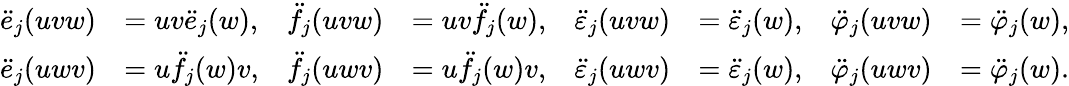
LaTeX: \begin{array}{rlrlrlrl}{\ddot{e}_{j}(uvw)}&{=uv\ddot{e}_{j}(w),}&{\ddot{f}_{j}(uvw)}&{=uv\ddot{f}_{j}(w),}&{\ddot{\varepsilon}_{j}(uvw)}&{=\ddot{\varepsilon}_{j}(w),}&{\ddot{\varphi}_{j}(uvw)}&{=\ddot{\varphi}_{j}(w),}\\ {\ddot{e}_{j}(uwv)}&{=u\ddot{f}_{j}(w)v,}&{\ddot{f}_{j}(uwv)}&{=u\ddot{f}_{j}(w)v,}&{\ddot{\varepsilon}_{j}(uwv)}&{=\ddot{\varepsilon}_{j}(w),}&{\ddot{\varphi}_{j}(uwv)}&{=\ddot{\varphi}_{j}(w).}\end{array}